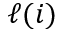
\ell ( i )